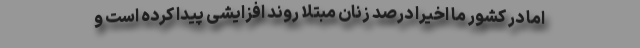
اما در کشور ما اخیرا درصد زنان مبتلا روند افزایشی پیدا کرده است و